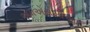
એમએસસીઆઈ